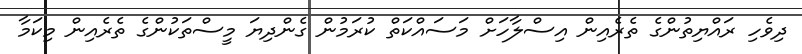
ދިވެހި ރައްޔިތުންގެ ތެރެއިން އިސްލާހަށް މަސައްކަތް ކުރަމުން ގެންދިޔަ މީސްތަކުންގެ ތެރެއިން މިކަމާ